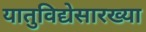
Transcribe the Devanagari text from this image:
यातुविद्येसारख्या